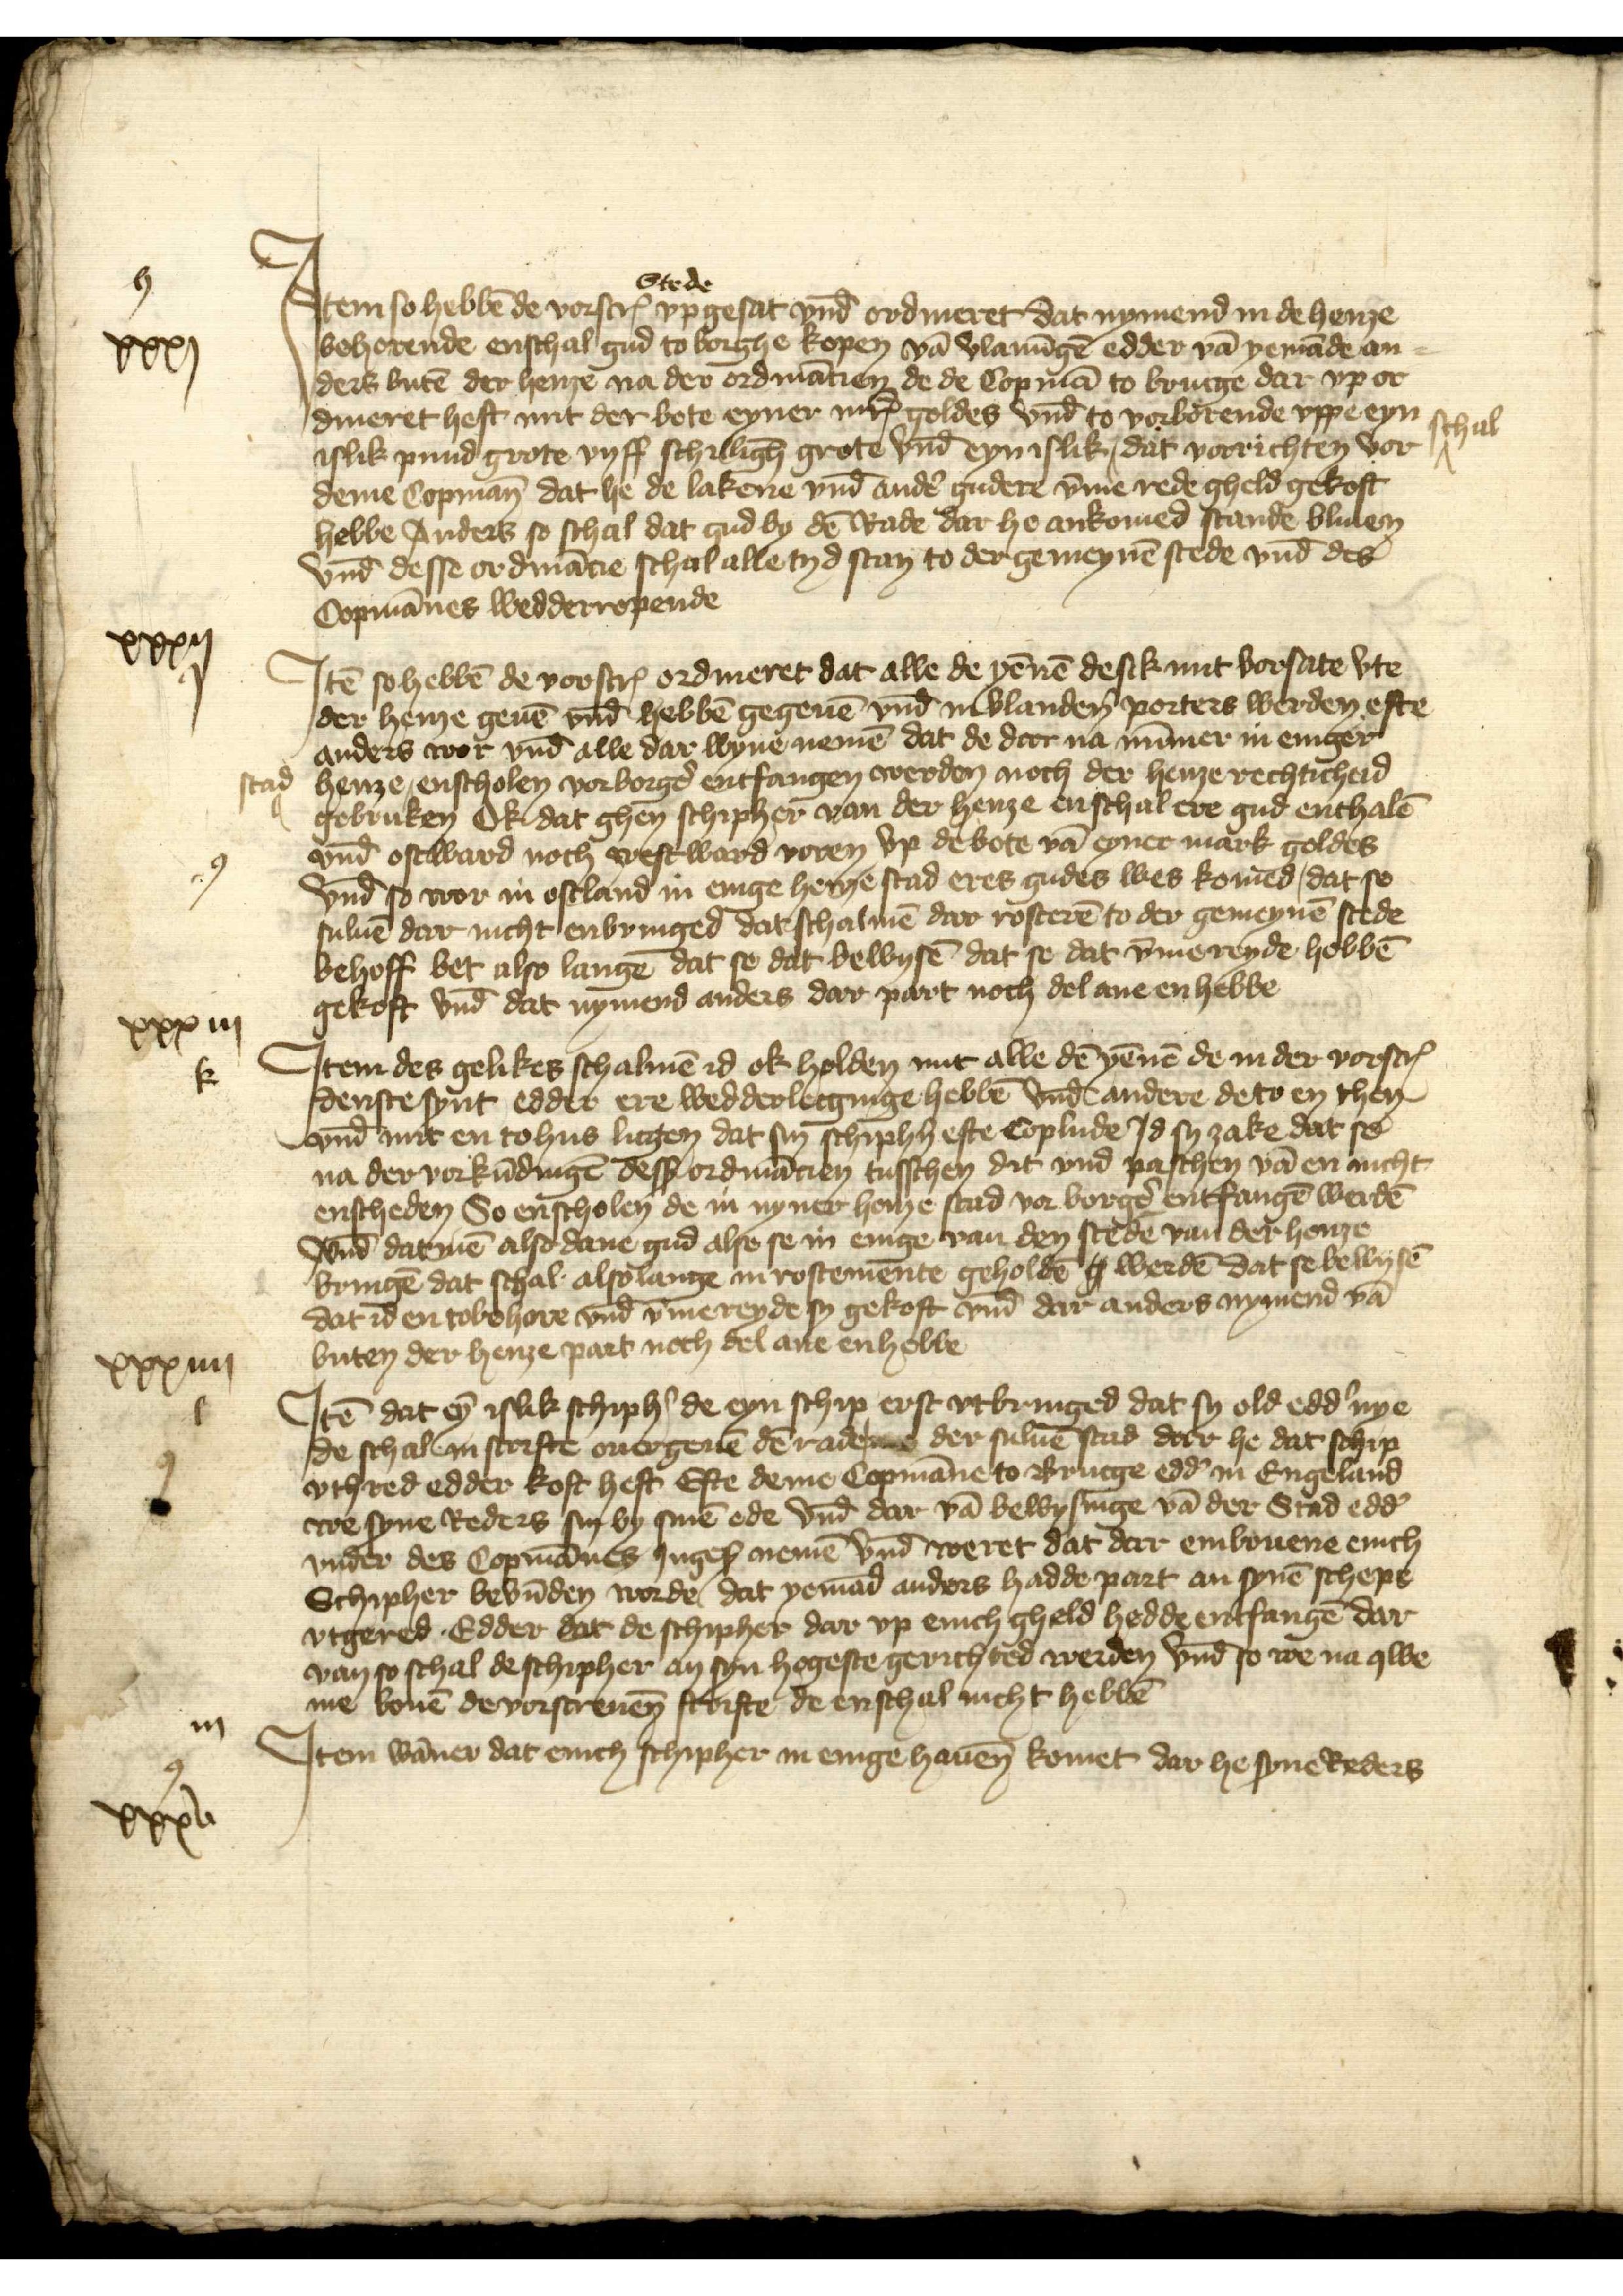
Jtem so hebbē de vorscrꝬ Stede vp gesat vnd̄ ordineret dat nymend in de henze
behorende enschal gud to borghe kopen vā Vlamīge edder vā yemāde an¬
ders butē der henze na der ordinācien de de Copmā to Brucge dar vp or¬
dineret heft mit der bote eyner mrꝬ goldes vnd̄ to vorborende vppe eyn
islik pund grote vyff schillīgh grote vnd̄ eyn islik ^ dat vorrichten vor¬
deme Copman̄ dat he de lakene vnd̄ andẻ gudere v̄me rede gheld gekoft
hebbe Anders so schal dat gud by dē Rade dar he ankomed stande bliuen
vnd̄ desse ordinācie schal alle tyd stan to der gemeynē stede vnd̄ des
Copmānes wedderropende

h

xxxj

schal
^

Jtē so hebbē de vorscrꝬ ordineret dat alle de yēnē de sik mit vorsate vte
der henze geuē vnd̄ hebbē gegeuē vnd̄ in Vlandẻn porters werden efte
anders wor vnd̄ alle dar wyne nemē dat de dar na mūner in eniger
henze ^ enscholen vorborgẻ entfangen werden noch der henze rechticheid
gebruken ok dat ghen schipher van der henze enschal ere gud enthalē
vnd̄ ostward noch westward voren vp de bote vā eyner mark goldes
vnd̄ to wor in Ostland in enige henze stad eres gudes wes komed, dat se
suluē dar nicht enbringed dat schalmē dar rosterē to der gemeynē stede
behoff bet also langē dat se dat bewysē dat se dat v̄mereyde hebbē
gekoft vnd dat nymend anders dar part noch del ane en hebbe

xvj

stad
^

q

xxxiij

k

Jtem des gelikes schalmē id ok holden mit alle dē yēnē de in der vorscrꝬ
denste synt edder ere wedderlecginge hebbē vnd̄ andere de to en then
vnd̄ mit en tohus ligen dat sin schiphn̉ efte Coplude Jd sy zake dat se
na der vorkūdingē desß ordinācien tusschen dit vnd paschen vā en nicht
enscheden So enscholen de in nyner henze stad vorborgẻ entfangē werdē
vnd̄ datmē also dane gud alse se in enige van den stedē van der henze
bringē dat schal alsolange in rostemente geholdē werdē dat se bewysē
dat id en tobehore vnd v̄mereyde syn gekoft vnd dar anders nymend vā
buten der henze part noch del ane enholle

xxiij

Jtē dat eȳ islik schiph̉ de eyn schip erst vtbringed dat sy old edd nye
de schalen scrifte ouergeuē dē rade der suluē stad dar he dat schip
vthred edder kost hefft Efte deme Copmāne to Brucge edd̉ in Engeland
we syne Reders sin by sinē ede vnd̄ dar vā bewysinge vā der Stad edder
vnder des Copmānes Ingeß nemē vnd̄ weret dat dar embouene enich
Schipher bevūden worde dat yemād anders hadde part an synē schepe
vtgered. Edder dat de schipher dar vp enich gheld hedde entfangē dar
van so schal de schipher an syn hogeste gerichted werden vnd̄ so we na qwe¬
me bouē de vorscreuē scrifte de enschal nicht hebbē

iij

xxxv

Jtem wāner dat enich schipher in enige hauen̄ komet dar he syne Reders